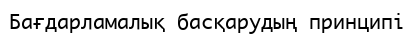
Бағдарламалық басқарудың принципі